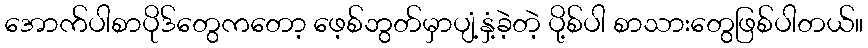
အောက်ပါစာပိုဒ်တွေကတော့ ဖေ့စ်ဘွတ်မှာပျံ့နှံ့ခဲ့တဲ့ ပို့စ်ပါ စာသားတွေဖြစ်ပါတယ်။